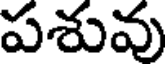
పశువు